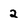
Character: 2